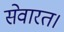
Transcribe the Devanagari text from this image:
सेवारत।